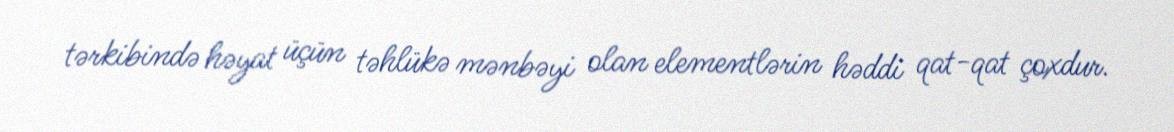
tərkibində həyat üçün təhlükə mənbəyi olan elementlərin həddi qat-qat çoxdur.